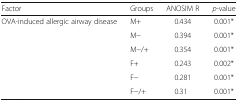
<table><thead><tr><td><b>Factor</b></td><td><b>Groups</b></td><td><b>ANOSIM R</b></td><td><b><i>p</i>-value</b></td></tr></thead><tbody><tr><td rowspan="6">OVA-induced allergic airway disease</td><td>M+</td><td>0.434</td><td>0.001*</td></tr><tr><td>M−</td><td>0.394</td><td>0.001*</td></tr><tr><td>M−/+</td><td>0.354</td><td>0.001*</td></tr><tr><td>F+</td><td>0.243</td><td>0.002*</td></tr><tr><td>F−</td><td>0.281</td><td>0.001*</td></tr><tr><td>F−/+</td><td>0.31</td><td>0.001*</td></tr></tbody></table>